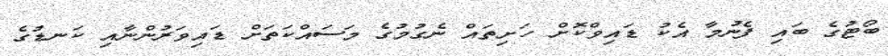
ބޯޓުގެ ބައި ފެނުމާ އެކު ޑައިވްކޮށް ހަށިތައް ނެގުމުގެ މަސައްކަތަށް ޑައިވަރުންނާއި ކަނޑުގެ